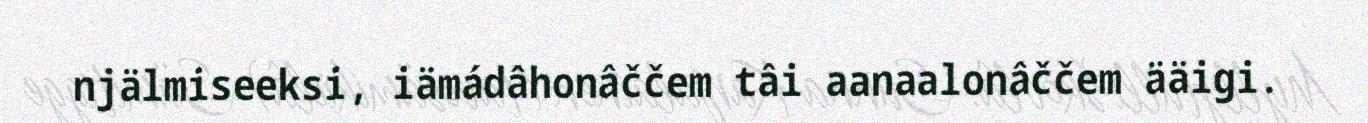
njälmiseeksi, iämádâhonâččem tâi aanaalonâččem ääigi.